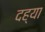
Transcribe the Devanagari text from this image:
दह्या